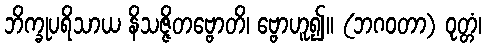
ဘိက္ခုပရိသာယ နိသဇ္ဇိတဗ္ဗောတိ၊ ဗ္ဗောဟူ၍။ (ဘဂဝတာ) ဝုတ္တံ၊